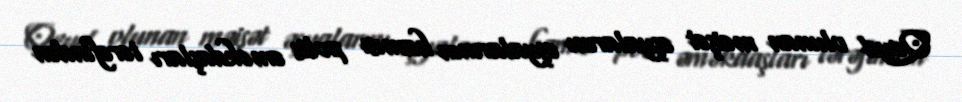
Qeyd olunan məişət əşyalarını əşyalarının hamısı polis əməkdaşları tərəfindən